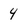
Character: 4